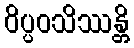
ဝိပ္ပဝသိဿန္တိ